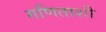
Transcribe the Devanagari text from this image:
गणिताशी